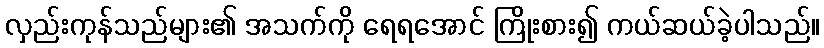
လှည်းကုန်သည်များ၏ အသက်ကို ရေရအောင် ကြိုးစား၍ ကယ်ဆယ်ခဲ့ပါသည်။